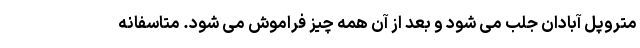
متروپل آبادان جلب می شود و بعد از آن همه چیز فراموش می شود. متاسفانه